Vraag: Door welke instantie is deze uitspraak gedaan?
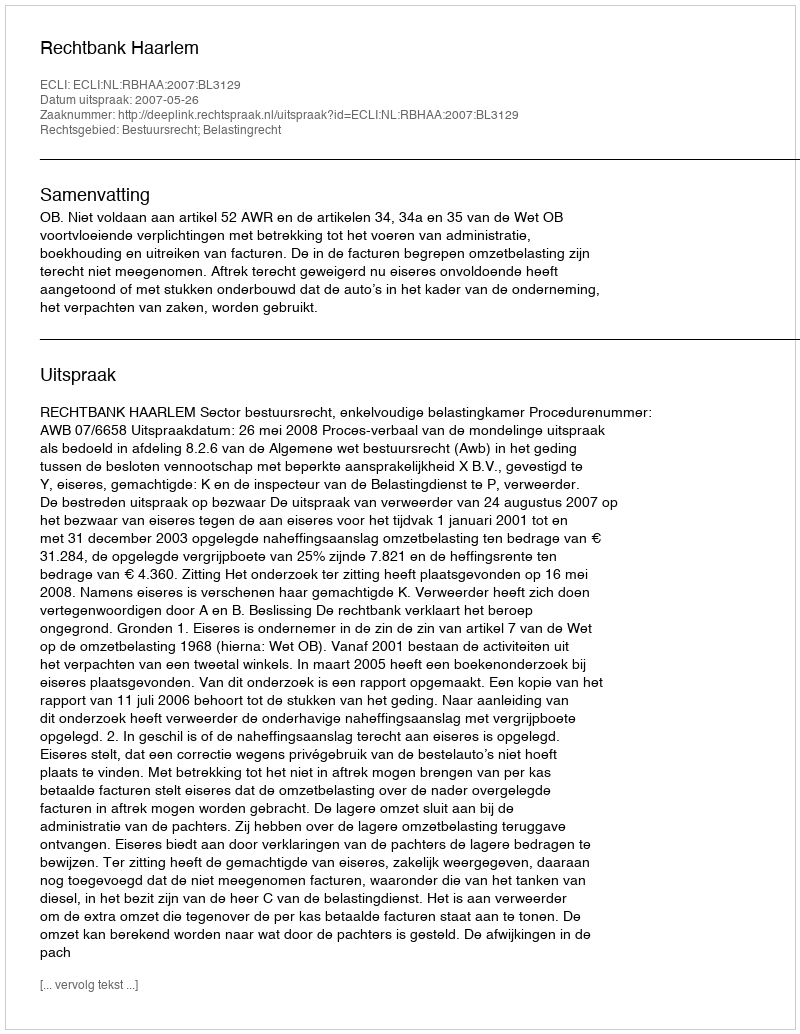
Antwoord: Rechtbank Haarlem